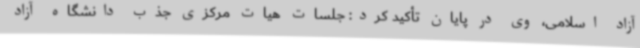
آزاد اسلامی، وی در پایان تأکید کرد: جلسات هیات مرکزی جذب دانشگاه آزاد